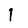
Digit: 1